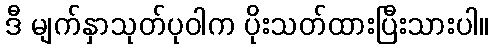
ဒီ မျက်နှာသုတ်ပုဝါက ပိုးသတ်ထားပြီးသားပါ။